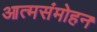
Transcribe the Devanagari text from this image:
आत्मसंमोहन